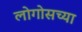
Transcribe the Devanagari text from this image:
लोगोसच्या